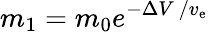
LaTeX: m_{1}=m_{0}e^{-\Delta V\ /v_{\mathrm{e}}}